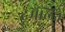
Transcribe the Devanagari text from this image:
टूर्मैलिन